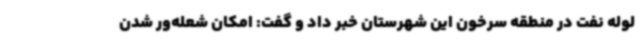
لوله نفت در منطقه سرخون این شهرستان خبر داد و گفت: امکان شعله‌ور شدن